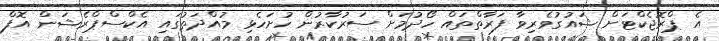
އެ ޕްރޮޖެކްޓަށް ޝައުގުވެރިވާ ފަރާތްތައް ހޯދުމަށް ސަރުކާރުން ހުށަހެޅި މުއްދަތުގައި އެކްސްޕްރެޝަން އޮފް